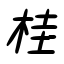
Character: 桂